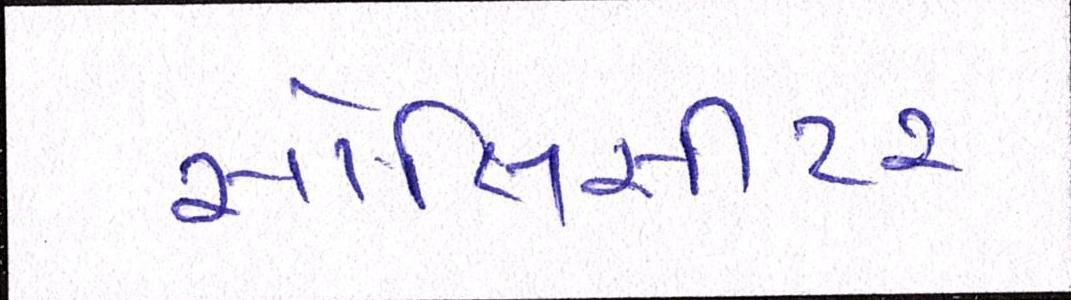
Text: સોલિસીટર